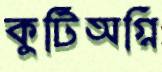
কুটিঅগ্নি